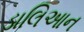
ડાલિઆન